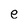
Character: e